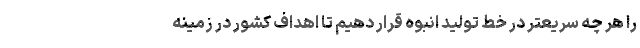
را هر چه سريعتر در خط توليد انبوه قرار دهيم تا اهداف كشور در زمينه